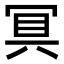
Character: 𭁷